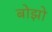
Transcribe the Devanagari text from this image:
बोझो